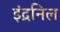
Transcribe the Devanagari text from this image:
इंद्रनिल